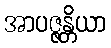
အာပဇ္ဇန္တိယာ